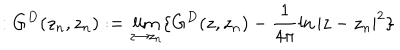
LaTeX: : G ^ { D } ( z _ { n } , z _ { n } ) : = \lim _ { z \to z _ { n } } \{ G ^ { D } ( z , z _ { n } ) - \frac { 1 } { 4 \pi } \ln | z - z _ { n } | ^ { 2 } \}